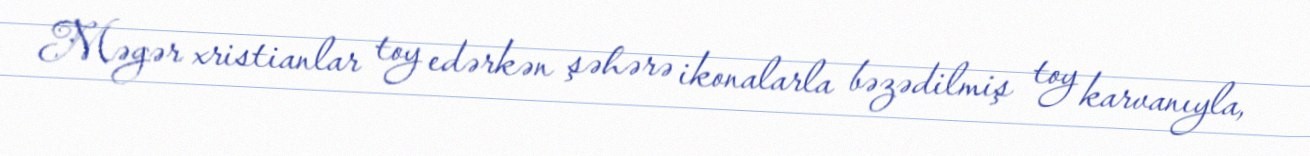
Məgər xristianlar toy edərkən şəhərə ikonalarla bəzədilmiş toy karvanıyla,